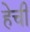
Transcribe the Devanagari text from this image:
हेची